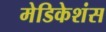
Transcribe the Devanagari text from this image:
मेडिकेशंस